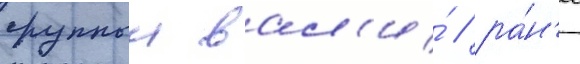
группыи вал'и́ / ра́н'ее